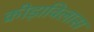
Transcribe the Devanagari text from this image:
क्रीड़ाविलास